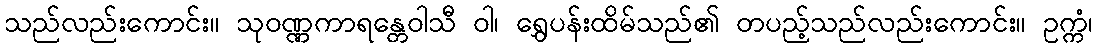
သည်လည်းကောင်း။ သုဝဏ္ဏကာရန္တေဝါသီ ဝါ၊ ရွှေပန်းထိမ်သည်၏ တပည့်သည်လည်းကောင်း။ ဥက္ကံ၊